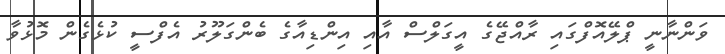
ވަންނާނީ ޕްލޭއޮފްގައި ރާއްޖޭގެ އީގަލްސް އާއި އިންޑިއާގެ ބެންގަލޫރު އެފްސީ ކުޅެގެން މޮޅުވާ